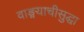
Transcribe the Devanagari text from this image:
वाङ्मयाचीसुद्धा